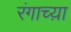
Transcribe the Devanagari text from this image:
रंगाच्य़ा